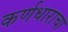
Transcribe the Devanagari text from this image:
कर्णधाराचा